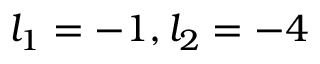
l _ { 1 } = - 1 , l _ { 2 } = - 4